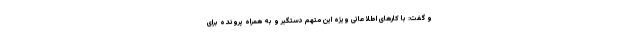
و گفت: با کارهای اطلاعاتی ویژه این متهم دستگیر و به همراه پرونده برای